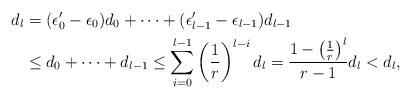
LaTeX: \begin{align*} d_l&=(\epsilon'_0-\epsilon_0)d_0+\dots+ (\epsilon'_{l-1}-\epsilon_{l-1})d_{l-1}\\ &\leq d_0+\dots+d_{l-1} \leq \sum_{i=0}^{l-1} \left(\frac1r\right)^{l-i}d_l =\frac {1-\left(\frac1r\right)^{l}}{r-1}d_l <d_l, \end{align*}